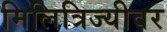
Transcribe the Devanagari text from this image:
मिलित्रिज्यीवर